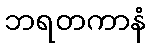
ဘရတကာနံ